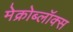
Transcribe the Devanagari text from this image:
मेक्रोब्लॉक्स